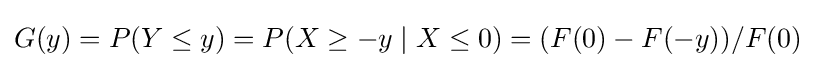
G(y)=P(Y\leq y)=P(X\geq -y\mid X\leq 0)=(F(0)-F(-y))/F(0)